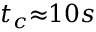
t _ { c } { \approx } 1 0 s